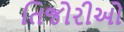
તિજોરીઓ